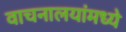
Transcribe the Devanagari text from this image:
वाचनालयांमध्ये